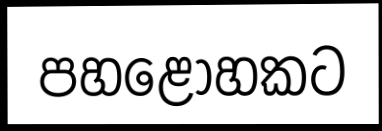
පහළොහකට